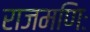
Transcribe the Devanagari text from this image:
राजमणिः